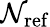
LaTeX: \mathcal{N}_{\mathrm{{ref}}}